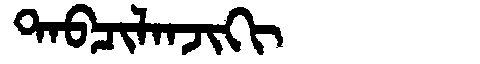
Manchu: ᡨᠠᠪᠴᡳᠯᠠᠨᠵᡳᡴᡳ
Romanization: TABCILANJIKI